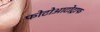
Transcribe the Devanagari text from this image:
फोटोआटोट्राफ